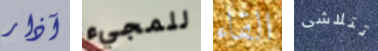
آذار للمجيء القاء تتلاشى